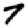
Digit: 7